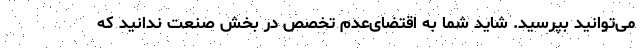
می‌توانید بپرسید. شاید شما به اقتضای‌عدم تخصص در بخش صنعت ندانید که